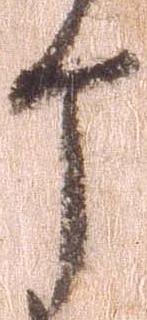
ヶ